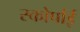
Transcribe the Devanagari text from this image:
स्कोर्पाई